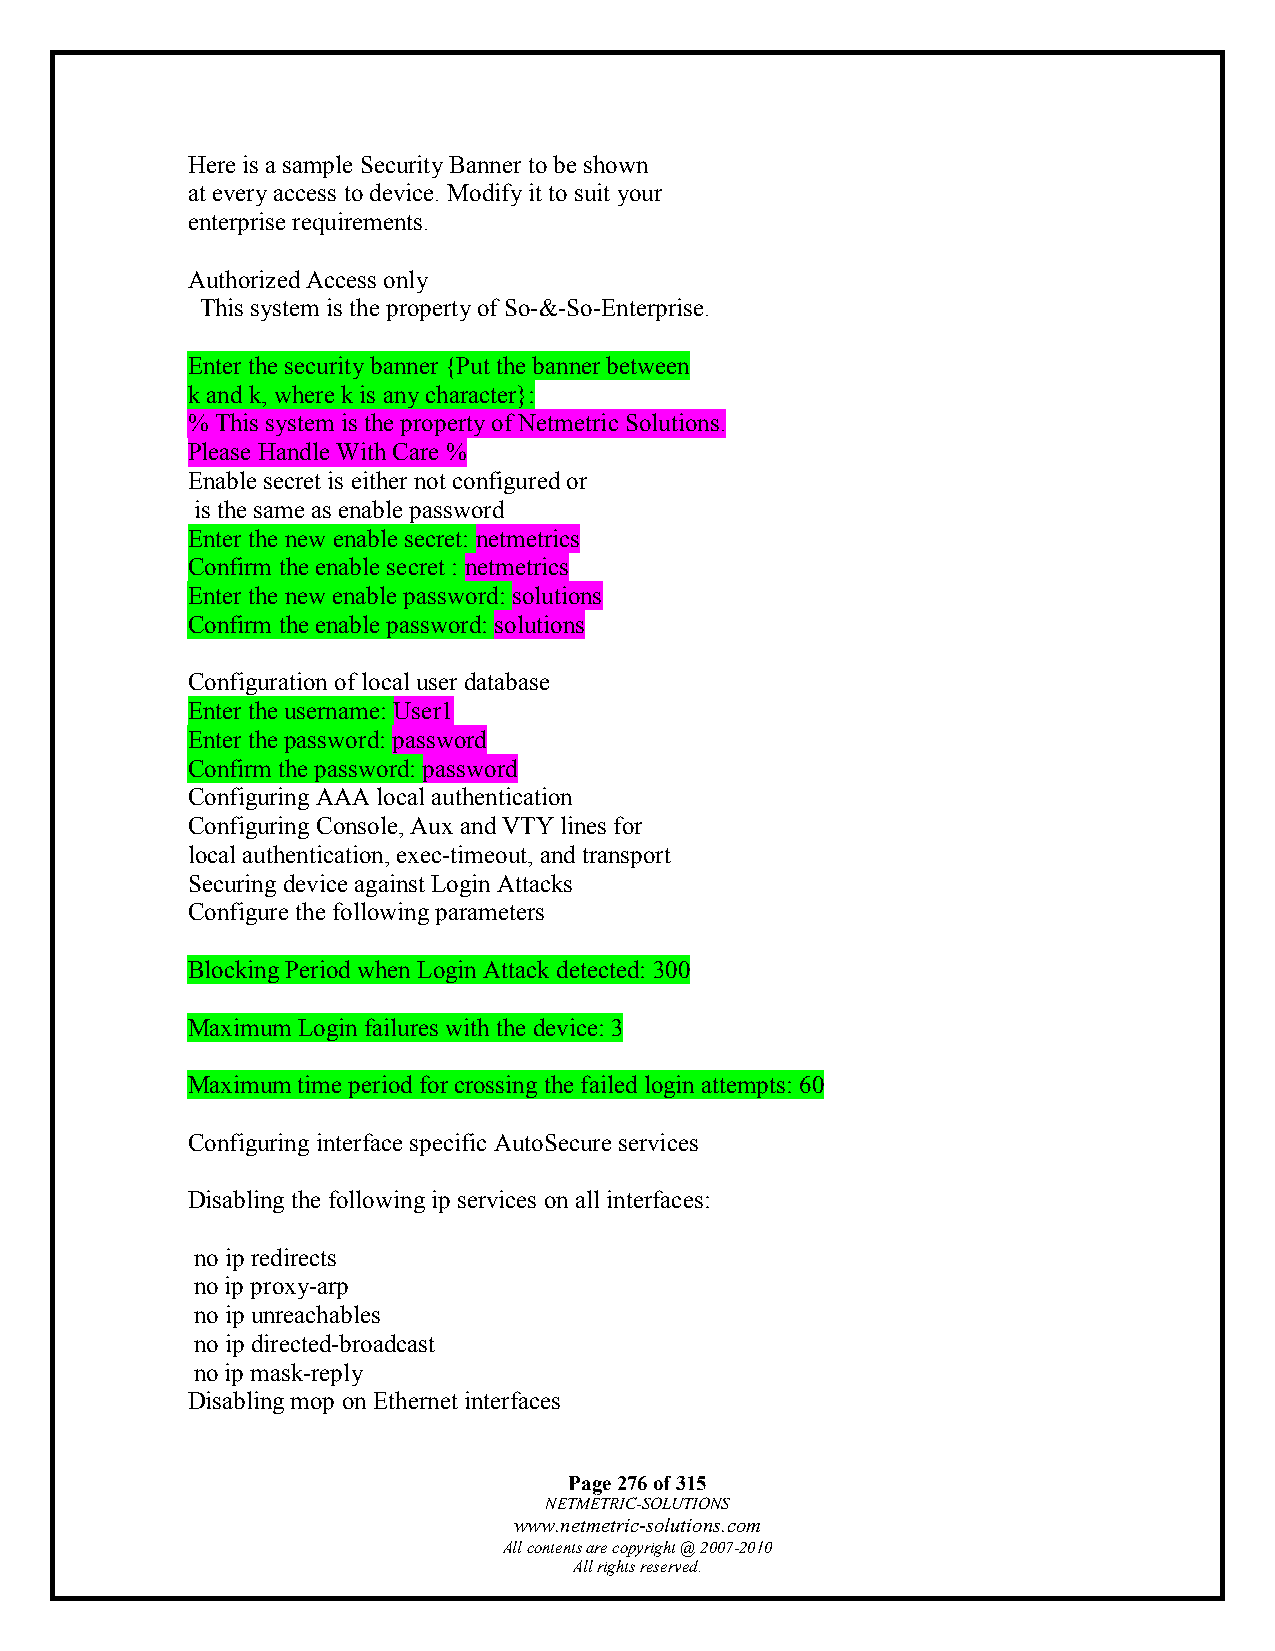
Here is a sample Security Banner to be shown
 at every access to device. Modify it to suit your
 enterprise requirements.
 Authorized Access only
 This system is the property of So-&-So-Enterprise.
 Enter the security banner {Put the banner between
 k and k, where k is any character}:
 % This system is the property of Netmetric Solutions.
 Please Handle With Care %
 Enable secret is either not configured or
 is the same as enable password
 Enter the new enable secret: netmetrics
 Confirm the enable secret : netmetrics
 Enter the new enable password: solutions
 Confirm the enable password: solutions
 Configuration of local user database
 Enter the username: User1
 Enter the password: password
 Confirm the password: password
 Configuring AAA local authentication
 Configuring Console, Aux and VTY lines for
 local authentication, exec-timeout, and transport
 Securing device against Login Attacks
 Configure the following parameters
 Blocking Period when Login Attack detected: 300
 Maximum Login failures with the device: 3
 Maximum time period for crossing the failed login attempts: 60
 Configuring interface specific AutoSecure services
 Disabling the following ip services on all interfaces:
 no ip redirects
 no ip proxy-arp
 no ip unreachables
 no ip directed-broadcast
 no ip mask-reply
 Disabling mop on Ethernet interfaces
 Page 276 of 315
 NETMETRIC-SOLUTIONS
 www.netmetric-solutions.com
 All contents are copyright @ 2007-2010
 All rights reserved.